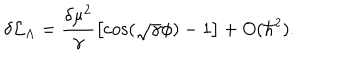
\delta { \cal { L } } _ { \Lambda } = \frac { \delta \mu ^ { 2 } } { \gamma } \left[ \cos ( \sqrt { \gamma } \phi ) - 1 \right] + O ( \hbar ^ { 2 } ) .